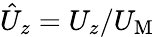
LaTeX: \hat{U}_{z}=U_{z}/U_{\mathrm{{M}}}